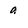
Character: 9